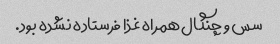
سس و چنگال همراه غذا فرستاده نشده بود.